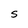
Character: S